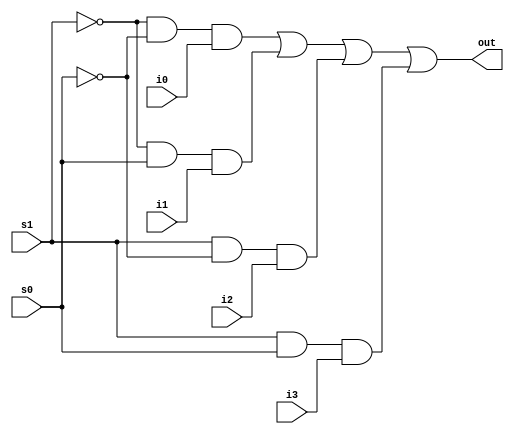
`timescale 1ns / 1ps

module mux_4_to_1_using_operators(
    input i0, i1, i2, i3, s1, s0,
    output out
);

// Using basic and, or, not logic operators
assign out = (~s1 & ~s0 & i0) |
             (~s1 & s0 & i1) |
             (s1 & ~s0 & i2) |
             (s1 & s0 & i3) ;

endmodule